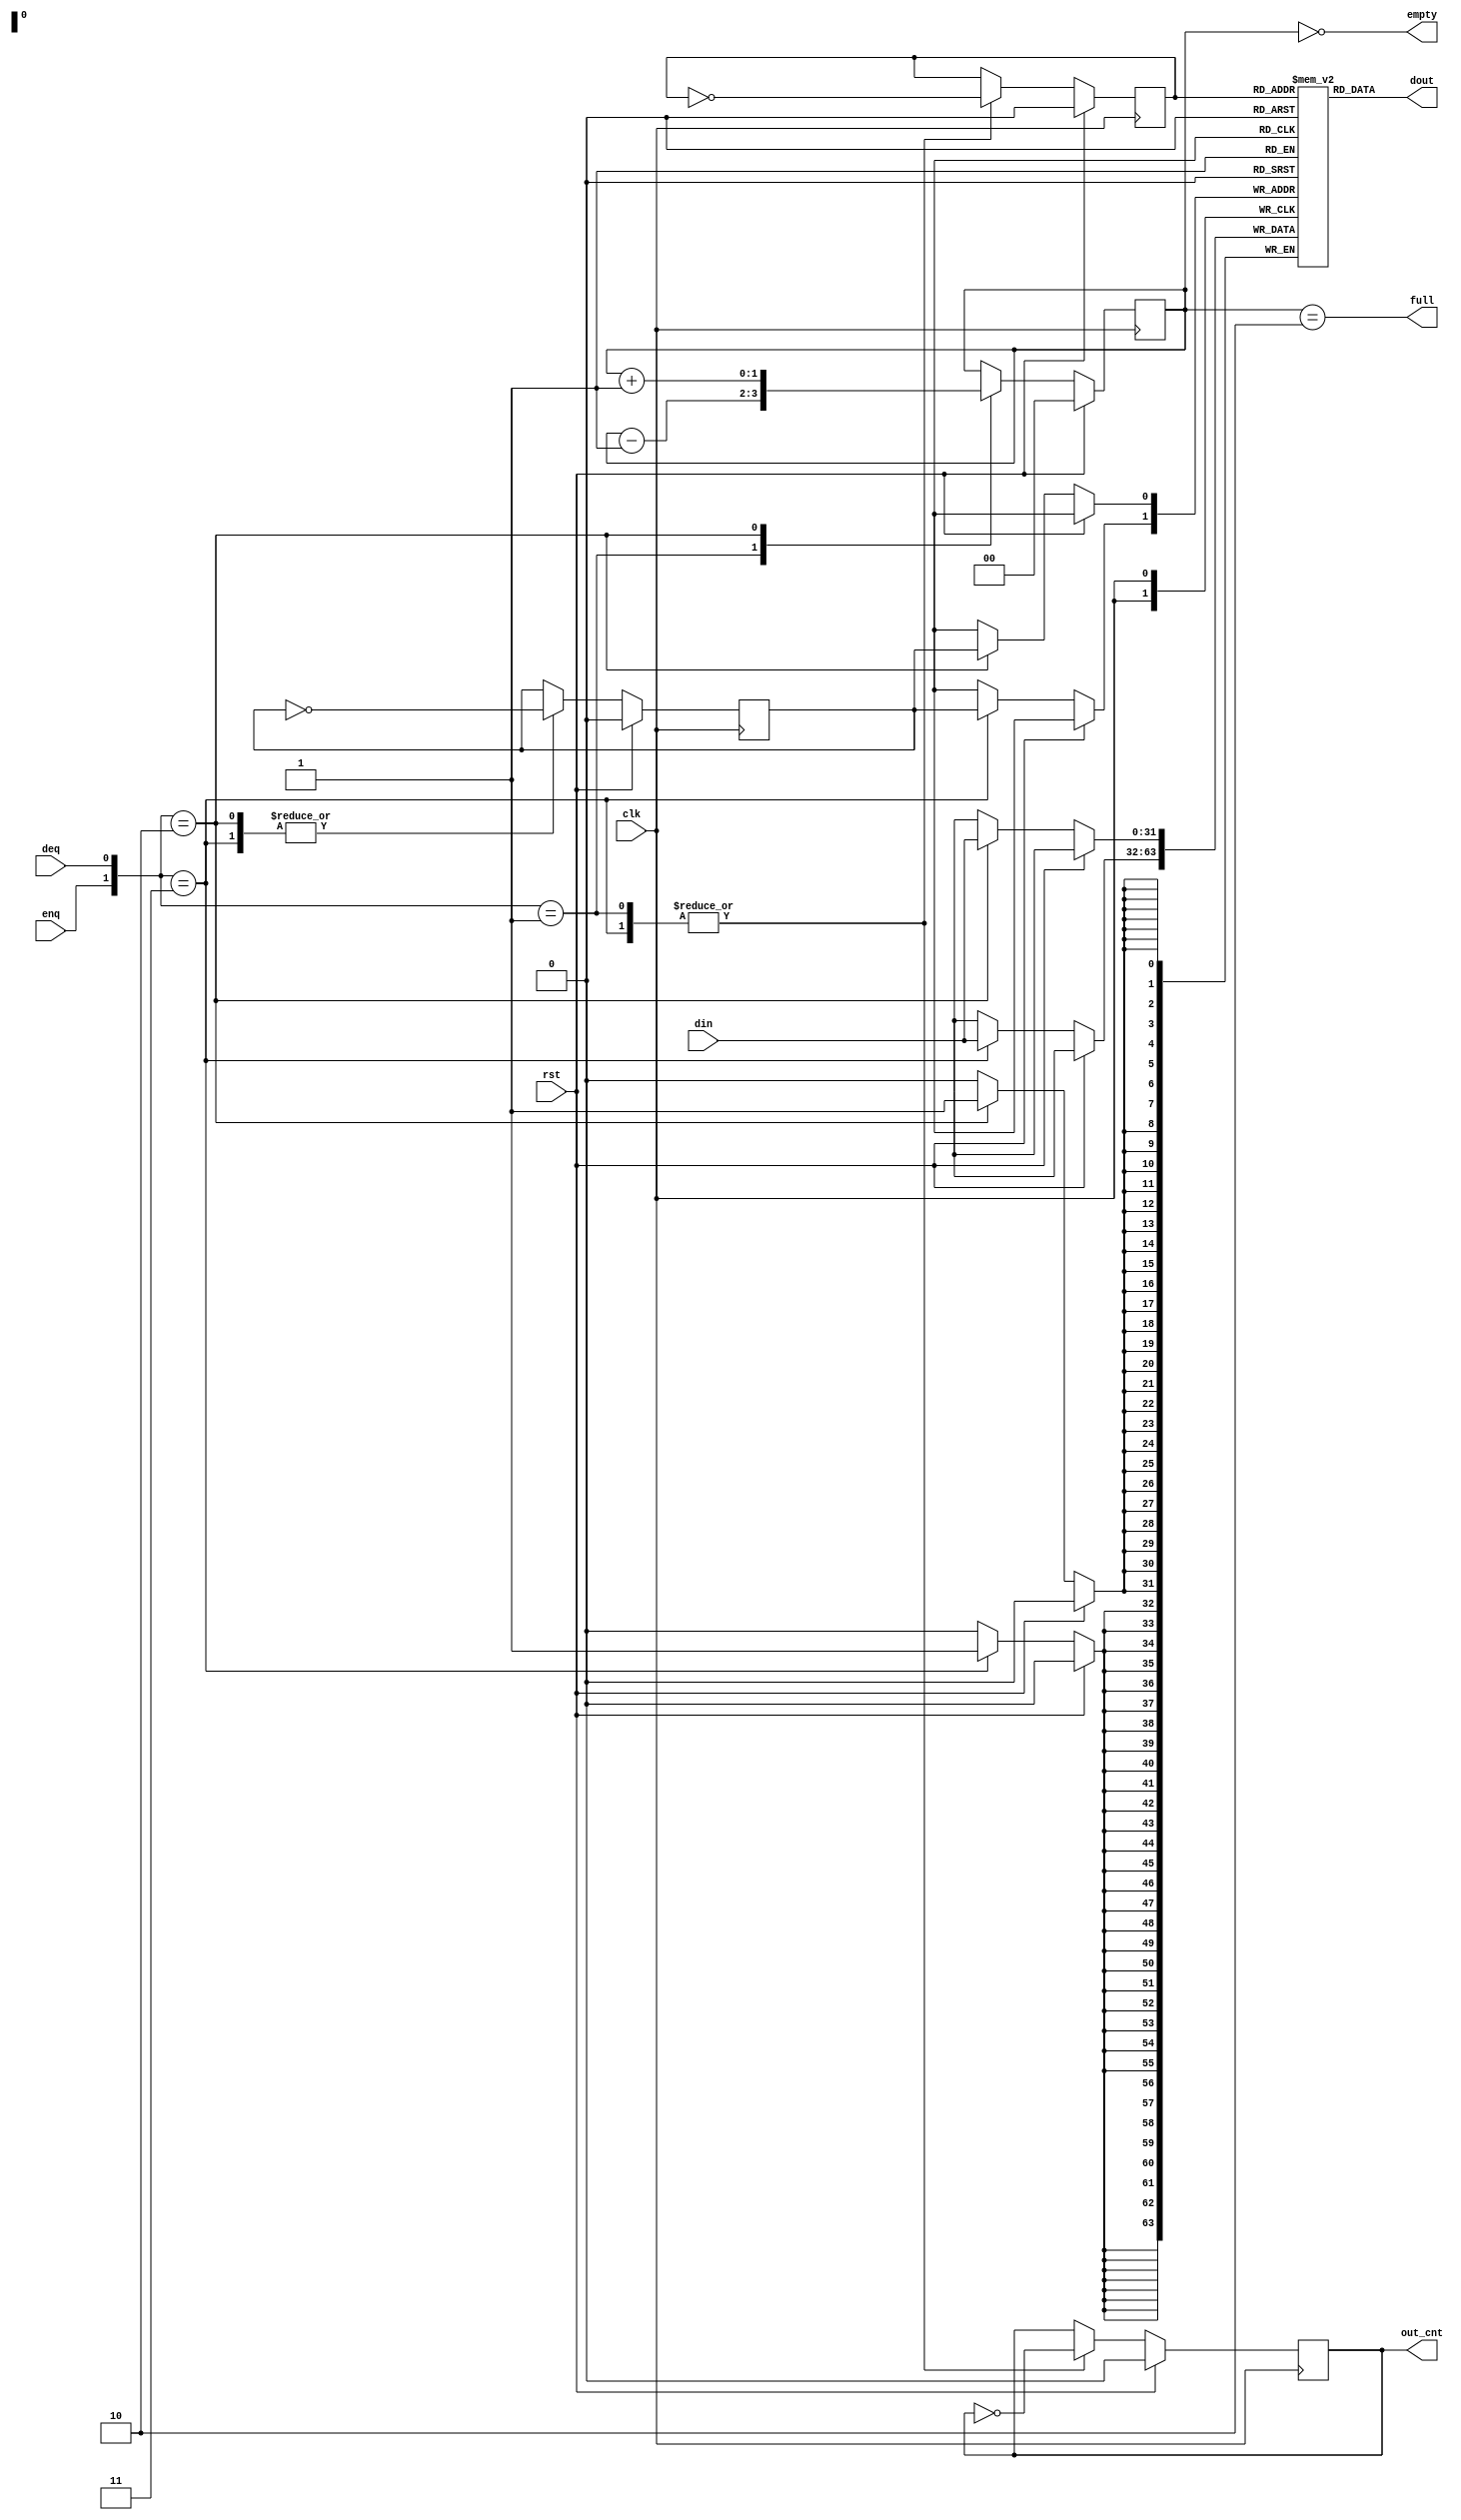
module FIFO2 #(parameter WIDTH = 32)(
    input wire [WIDTH-1:0] din,
    input wire enq,                 // enqueue this fifo
    input wire clk,                 // i/o at posedge
    input wire rst,                 // reset when rst == 1
    input wire deq,                 // dequeue this fifo
    output wire [WIDTH-1:0] dout,
    output wire empty,              // this fifo is empty
    output wire full,               // this fifo is full
    output reg out_cnt              // used for counting output
    );
    // fifo of width 32 and depth 2
    // don't consider overflow and underflow. others handle it.

    reg head, tail;
    reg [1:0] cnt;
    reg [WIDTH-1:0] mem [1:0];
    
    assign empty = (cnt == 2'd0);
    assign full = (cnt == 2'd2);
    assign dout = mem[head];

    // register file does not support asynchronous reset
    always @(posedge clk) begin
        if(rst) begin
            cnt <= 2'd0;
            head <= 0;
            tail <= 0;
            out_cnt <= 0;
        end else begin
            case ({enq, deq})
                2'b01: begin
                    head <= ~head;
                    cnt <= cnt - 1;
                    out_cnt = ~out_cnt;
                end
                2'b10: begin
                    mem[tail] <= din;
                    tail <= ~tail;
                    cnt <= cnt + 1;
                end
                2'b11: begin
                    mem[tail] <= din;
                    head <= ~head;
                    tail <= ~tail;
                    out_cnt = ~out_cnt;
                end
            endcase
        end
    end

endmodule